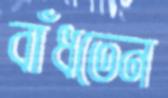
বাঁধতেন